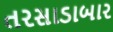
તરસાડાબાર